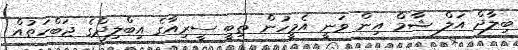
ބިލާދް އަލް ޝާމް އިން ވަނީ އެމީހުން ތިބީ ސީރިއާގެ އިބްލިދްގެ ޖަބްހަތުއް